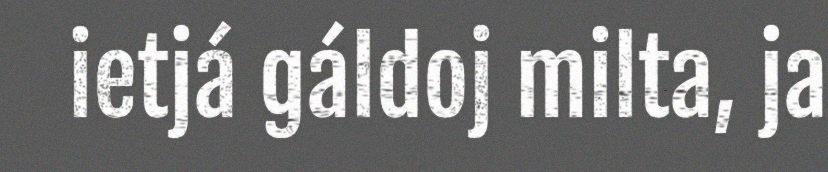
ietjá gáldoj milta, ja